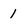
Character: 1